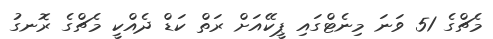
މެޗްގެ 51 ވަނަ މިނެޓްގައި ޕީކޭއަށް ރަތް ކަޑް ދެއްކީ މެޗްގެ ރޮނގު